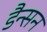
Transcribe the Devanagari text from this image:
डैन्सन